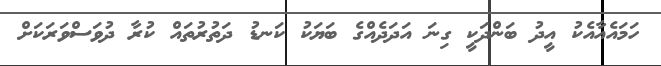
ހަމައެއާއެކު އީދު ބަންދަކީ ގިނަ އަދަދެއްގެ ބަޔަކު ކަނޑު ދަތުރުތައް ކުރާ ދުވަސްވަރަކަށް